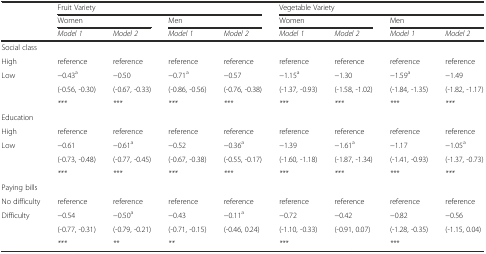
|  | <COLSPAN=4> Fruit Variety | <COLSPAN=4> Vegetable Variety |
 |  | <COLSPAN=2> Women | <COLSPAN=2> Men | <COLSPAN=2> Women | <COLSPAN=2> Men |
 |  | Model 1 | Model 2 | Model 1 | Model 2 | Model 1 | Model 2 | Model 1 | Model 2 |
 | --- | --- | --- | --- | --- | --- | --- | --- | --- |
 | <COLSPAN=9> Social class |
 | High | reference | reference | reference | reference | reference | reference | reference | reference |
 | <ROWSPAN=2> Low | −0.43a | −0.50 | −0.71a | −0.57 | −1.15a | −1.30 | −1.59a | −1.49 |
 | (-0.56, -0.30) | (-0.67, -0.33) | (-0.86, -0.56) | (-0.76, -0.38) | (-1.37, -0.93) | (-1.58, -1.02) | (-1.84, -1.35) | (-1.82, -1.17) |
 |  | *** | *** | *** | *** | *** | *** | *** | *** |
 | <COLSPAN=9> Education |
 | High | reference | reference | reference | reference | reference | reference | reference | reference |
 | <ROWSPAN=2> Low | −0.61 | −0.61a | −0.52 | −0.36a | −1.39 | −1.61a | −1.17 | −1.05a |
 | (-0.73, -0.48) | (-0.77, -0.45) | (-0.67, -0.38) | (-0.55, -0.17) | (-1.60, -1.18) | (-1.87, -1.34) | (-1.41, -0.93) | (-1.37, -0.73) |
 |  | *** | *** | *** | *** | *** | *** | *** | *** |
 | <COLSPAN=9> Paying bills |
 | No difficulty | reference | reference | reference | reference | reference | reference | reference | reference |
 | <ROWSPAN=2> Difficulty | −0.54 | −0.50a | −0.43 | −0.11a | −0.72 | −0.42 | −0.82 | −0.56 |
 | (-0.77, -0.31) | (-0.79, -0.21) | (-0.71, -0.15) | (-0.46, 0.24) | (-1.10, -0.33) | (-0.91, 0.07) | (-1.28, -0.35) | (-1.15, 0.04) |
 |  | *** | ** | ** |  | <COLSPAN=2> *** | *** |  |